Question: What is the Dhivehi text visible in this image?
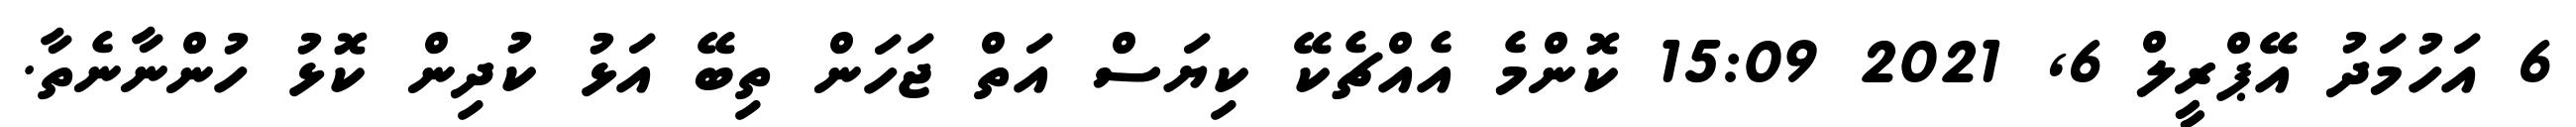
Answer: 6 އަހުމަދު އޭޕްރީލް 6, 2021 15:09 ކޮންމެ އެއްޗެކޭ ކިޔަސް އަތް ޖަހަން ތިބޭ އަޅު ކުދިން ކޮޅު ހުންނާނެތާ.